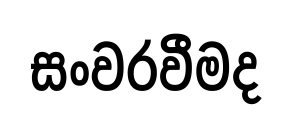
සංවරවීමද